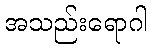
အသည်းရောဂါ